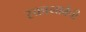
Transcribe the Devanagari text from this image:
स्कानाबेची